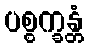
ပစ္စက္ခန္တံ